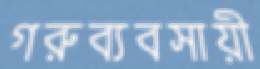
গরুব্যবসায়ী